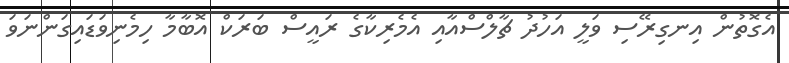
އެގޮތުން އިނގިރޭސި ވަލީ އަހުދު ޗާލްސްއާއި އެމެރިކާގެ ރައީސް ބަރަކް އޮބާމާ ހިމެނިވަޑައިގަންނަވަ